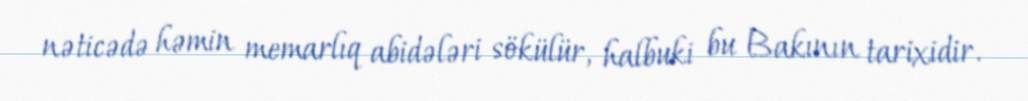
nəticədə həmin memarlıq abidələri sökülür, halbuki bu Bakının tarixidir.